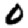
Digit: 0